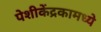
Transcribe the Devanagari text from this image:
पेशीकेंद्रकामध्ये